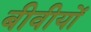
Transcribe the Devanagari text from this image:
बीवीयों